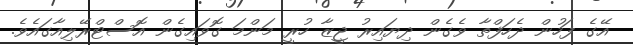
އޭގެ ފަހުން ދެހަފްތާ ވެގެން ދިޔައިރު ޖީޒާ ހުރީ މަންމަ ގޮވައިގެން އޮސްޓްރޭލިއާގައެވެ.